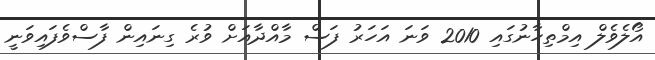
އޯލެވެލް އިމްތިހާނުގައި 2010 ވަނަ އަހަރު ފަސް މާއްދާއަށް ވުރެ ގިނައިން ފާސްވެފައިވަނީ